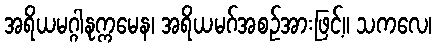
အရိယမဂ္ဂါနုက္ကမေန၊ အရိယမဂ်အစဉ်အားဖြင့်။ သကလေ၊